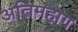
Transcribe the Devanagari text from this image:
अतिमहाग